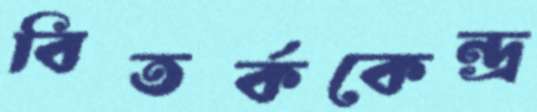
বিতর্ককেন্দ্র